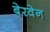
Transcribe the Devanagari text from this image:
बेरवेन